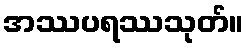
အဿပရဿသုတ်။